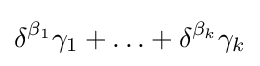
\delta ^{\beta _{1}}\gamma _{1}+\ldots +\delta ^{\beta _{k}}\gamma _{k}